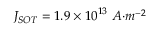
J _ { { S O T } } = 1 . 9 \times { 1 0 } ^ { 1 3 } { \ A } { { · } } { { m } } ^ { { - 2 } }